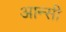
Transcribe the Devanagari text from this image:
आन्सी